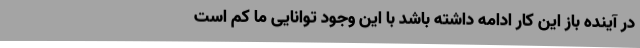
در آینده باز این کار ادامه داشته باشد با این وجود توانایی ما کم است